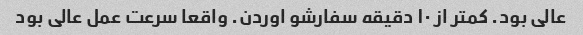
عالی بود. کمتر از ۱۰ دقیقه سفارشو اوردن. واقعا سرعت عمل عالی بود